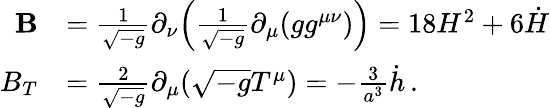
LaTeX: \begin{array}{rl}{\mathbf{B}}&{=\frac{1}{\sqrt{-g}}\partial_{\nu}\Bigl(\frac{1}{\sqrt{-g}}\partial_{\mu}(gg^{\mu\nu})\Bigr)=18H^{2}+6\dot{H}}\\ {B_{T}}&{=\frac{2}{\sqrt{-g}}\partial_{\mu}(\sqrt{-g}T^{\mu})=-\frac{3}{a^{3}}\dot{h}\, .}\end{array}